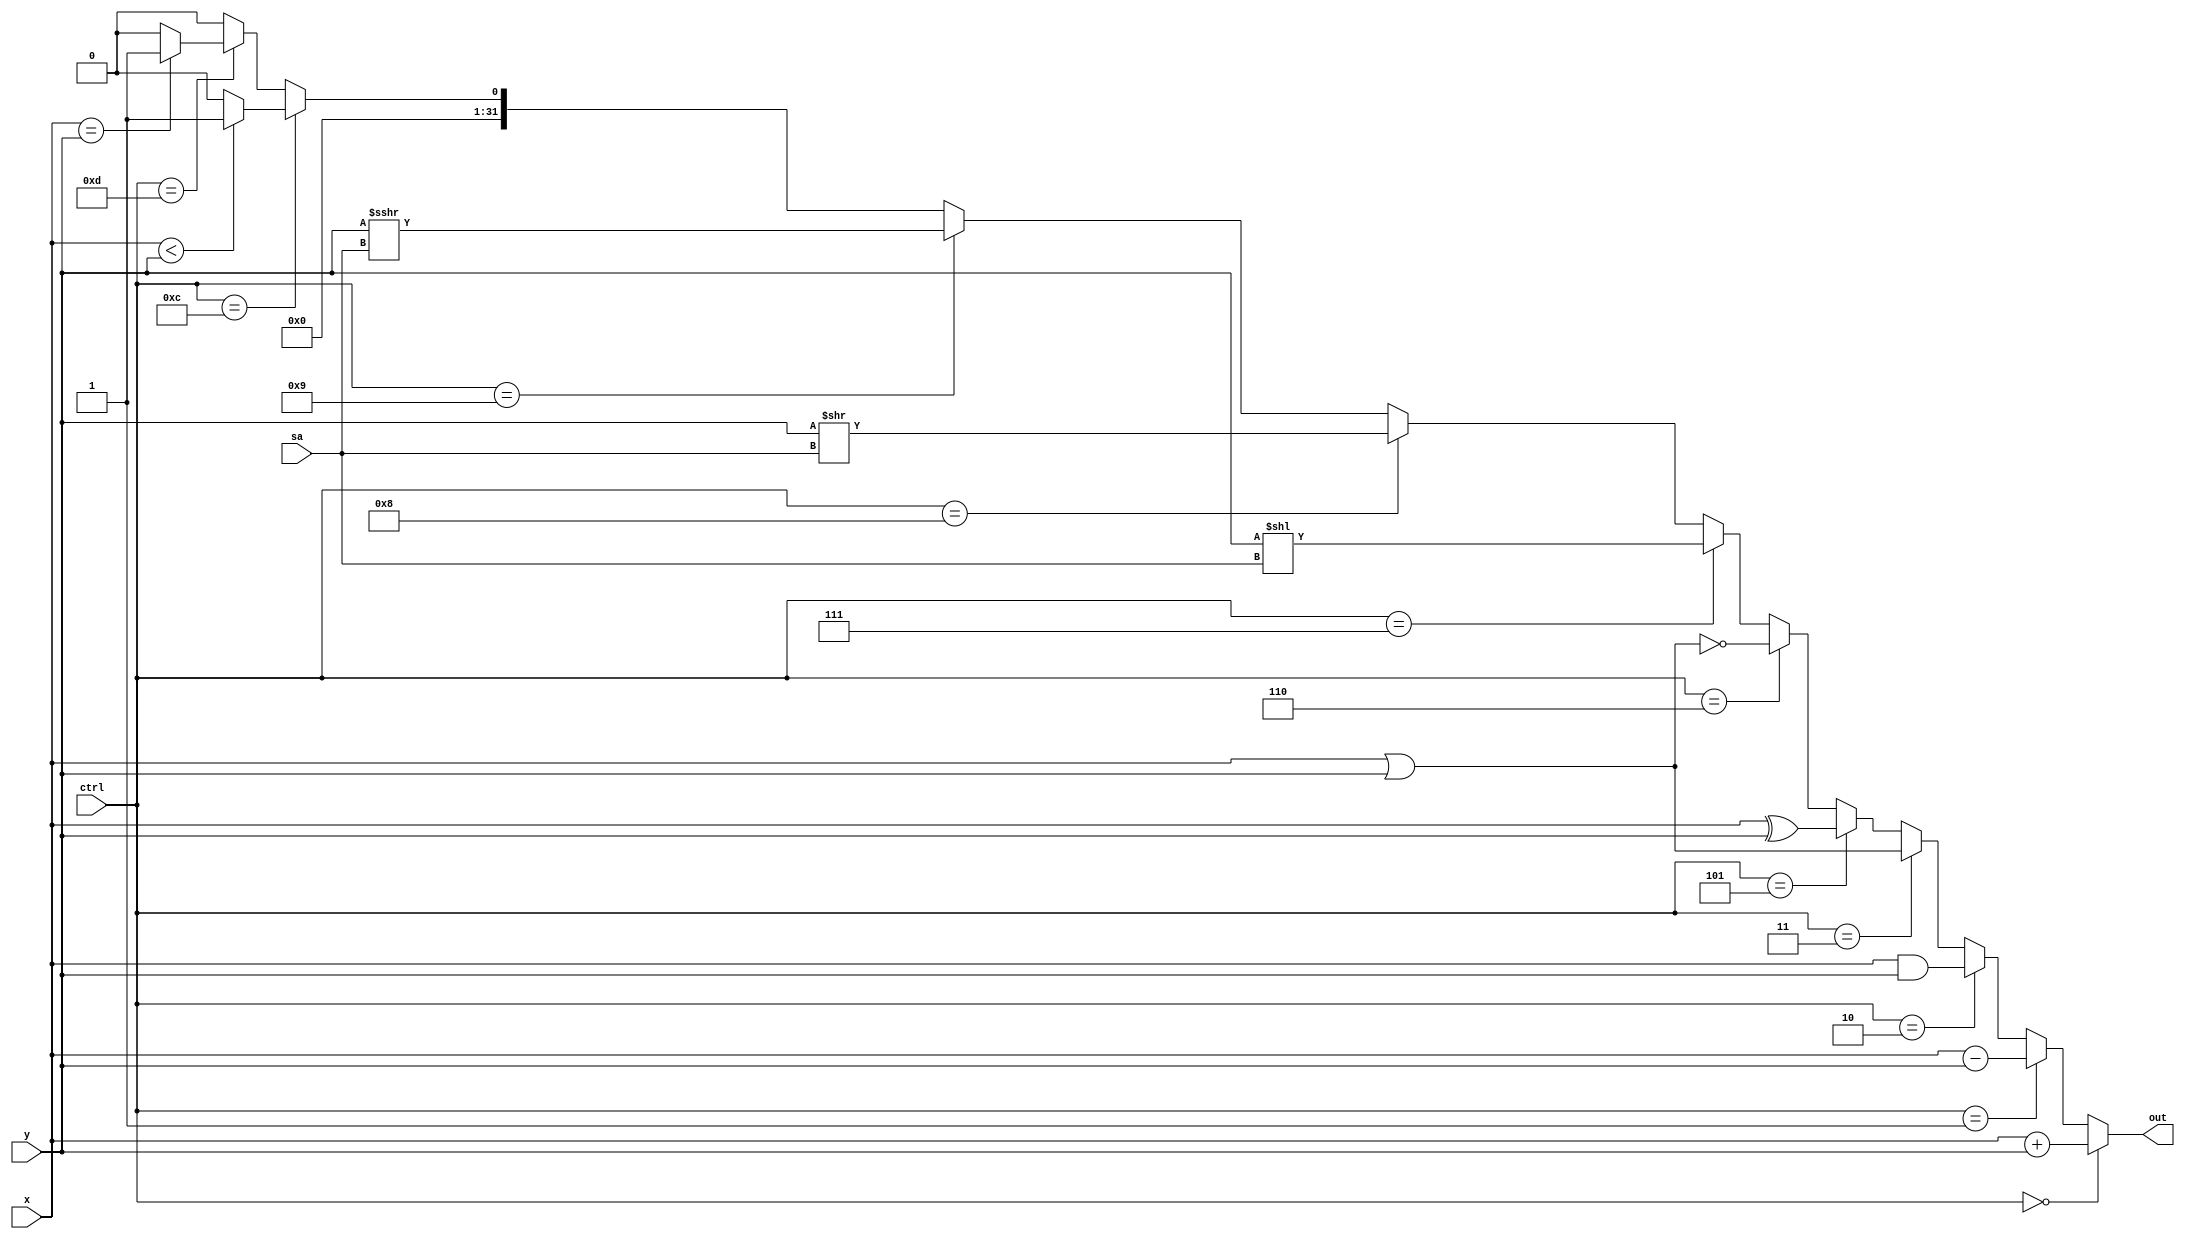
//Behavior level (event-driven) 
module ALU(
    ctrl,
    x,
    y,
    sa,
    out 
);
    
    input         [3:0]  ctrl;
    input  signed [31:0] x;
    input  signed [31:0] y;
    input         [4:0]  sa;
    output signed [31:0] out;
///////////////////////////////////////////////////////////////////////////////////////////

	reg signed [31:0] Out_r;

	assign out = Out_r;
	
	always@ (*) begin
		if(ctrl == 4'b0000)      Out_r = x + y;		// add
		else if(ctrl == 4'b0001) Out_r = x - y;		// sub
		else if(ctrl == 4'b0010) Out_r = x & y;		// and(x,y);
		else if(ctrl == 4'b0011) Out_r = x | y;		// or(x,y);
//		else if(ctrl == 4'b0100) Out_r = ~x;	 	// not(x);
		else if(ctrl == 4'b0101) Out_r = x ^ y; 	// xor(x,y);
		else if(ctrl == 4'b0110) Out_r = ~(x|y); 	// nor(x,y);
		else if(ctrl == 4'b0111) Out_r = y << sa;	// SLL
		else if(ctrl == 4'b1000) Out_r = y >> sa;	// SRL
		else if(ctrl == 4'b1001) Out_r = y >>> sa;	// SRA
//		else if(ctrl == 4'b1010) Out_r = {x[6:0],x[7]};	// Rotate Left
//		else if(ctrl == 4'b1011) Out_r = {x[0],x[7:1]};	// Rotate right
		else if(ctrl == 4'b1100) Out_r = (x < y) ?1:0;	// SLT
		else if(ctrl == 4'b1101) Out_r = (x == y)?1:0;	// Equal
		else Out_r = 0;
	end


///////////////////////////////////////////////////////////////////////////////////////////   

endmodule